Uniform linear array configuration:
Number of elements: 48
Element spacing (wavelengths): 0.25
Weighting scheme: hann
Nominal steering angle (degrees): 60
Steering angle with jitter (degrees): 60.116
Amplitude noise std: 0.05
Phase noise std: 0.05

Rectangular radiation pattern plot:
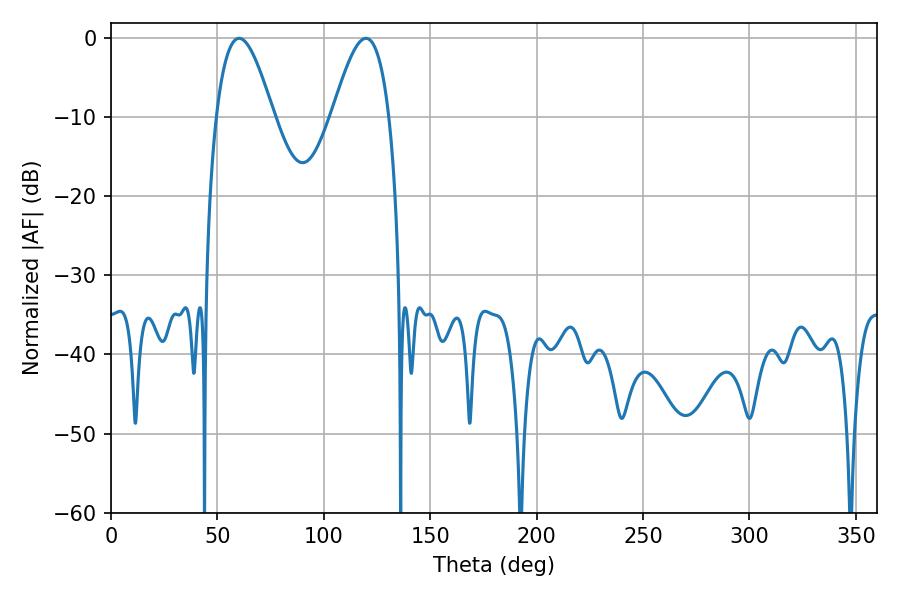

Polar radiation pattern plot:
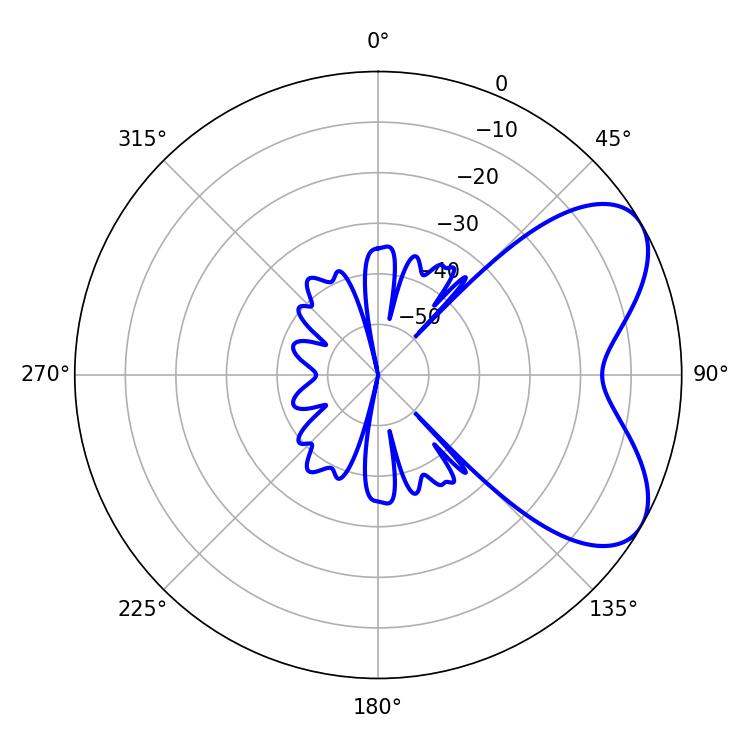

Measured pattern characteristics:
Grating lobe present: FALSE
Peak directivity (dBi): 6.072
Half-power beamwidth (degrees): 14.4
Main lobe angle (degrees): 60.12